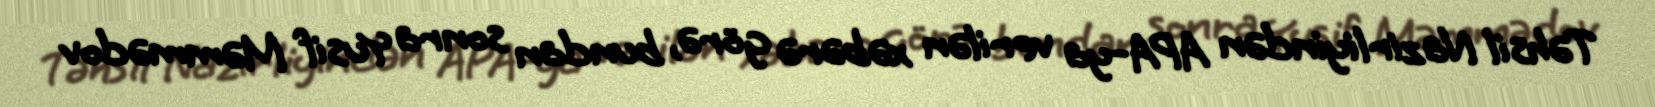
Təhsil Nazirliyindən APA-ya verilən xəbərə görə, bundan sonra Yusif Məmmədov